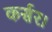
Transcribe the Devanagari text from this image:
कर्सर।